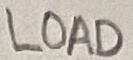
Text: LOAD